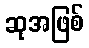
ဆုအဖြစ်